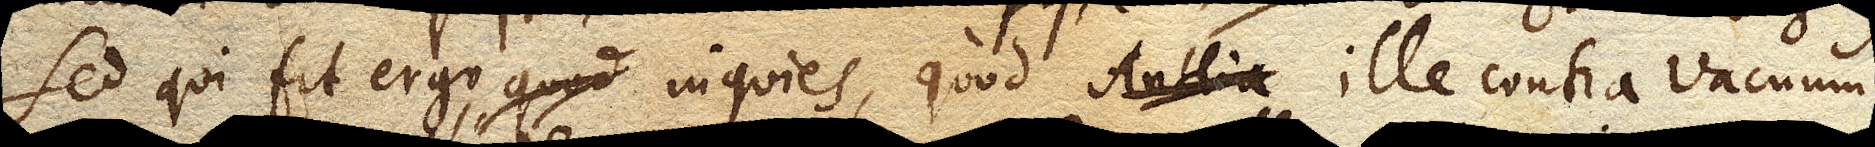
Sed qui fit ergo, inquies, quod ille contra vacuum